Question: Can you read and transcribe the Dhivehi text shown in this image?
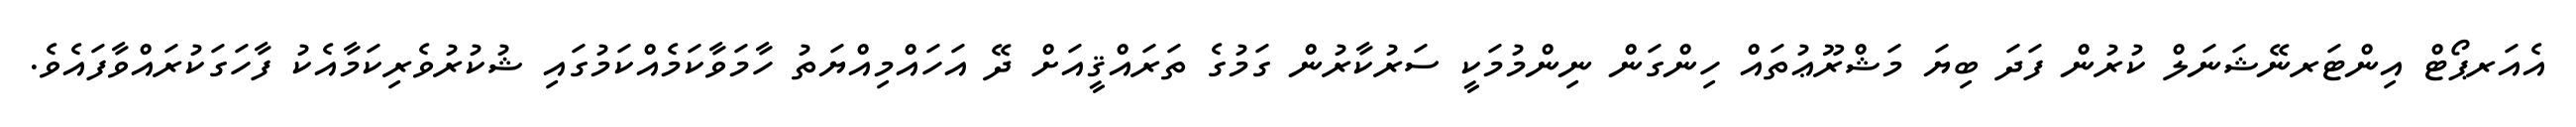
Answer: އެއަރޕޯޓް އިންޓަރނޭޝަނަލް ކުރުން ފަދަ ބިޔަ މަޝްރޫޢުތައް ހިންގަން ނިންމުމަކީ ސަރުކާރުން ގަމުގެ ތަރައްޤީއަށް ދޭ އަހައްމިއްޔަތު ހާމަވާކަމެއްކަމުގައި ޝުކުރުވެރިކަމާއެކު ފާހަގަކުރައްވާފައެވެ.